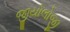
જીયોલોજી